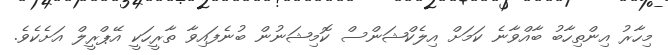
މިހާރު އިންތިހާބު ބާއްވާނެ ކަމަށް އިލެކްޝަންސް ކޮމިޝަނުން ބުނެފައިވާ ތާރީހަކީ އޭޕްރީލް އަށެކެވެ.